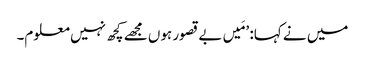
میں نے کہا: ’مَیں بے قصور ہوں مجھے کچھ نہیں معلوم۔